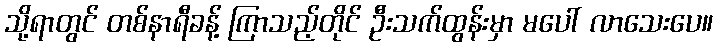
သို့ရာတွင် တစ်နာရီခန့် ကြာသည့်တိုင် ဦးသက်ထွန်းမှာ မပေါ် လာသေးပေ။